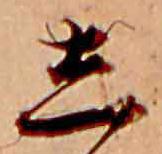
し